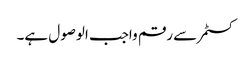
کسٹمر سے رقم واجب الوصول ہے۔